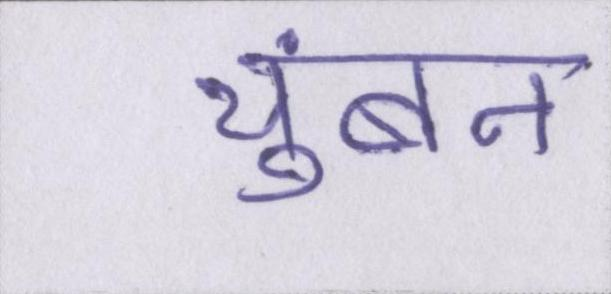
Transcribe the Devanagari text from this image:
चुंबन